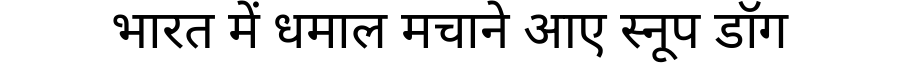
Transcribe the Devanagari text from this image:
भारत में धमाल मचाने आए स्नूप डॉग